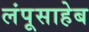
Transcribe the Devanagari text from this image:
लंपूसाहेब